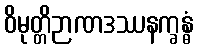
ဝိမုတ္တိဉာဏဒဿနက္ခန္ဓံ